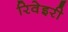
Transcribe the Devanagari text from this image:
रिवेइरी